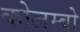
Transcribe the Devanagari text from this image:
कोलम्‍बो